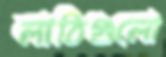
লাঠিগুলো